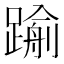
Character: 𨄫